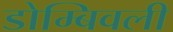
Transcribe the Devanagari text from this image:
डोम्बिवली